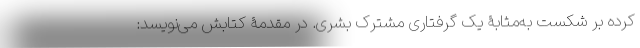
کرده بر شکست به‌مثابۀ یک گرفتاری مشترک بشری. در مقدمۀ کتابش می‌نویسد: